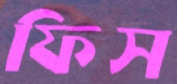
ফিস